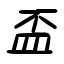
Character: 盃